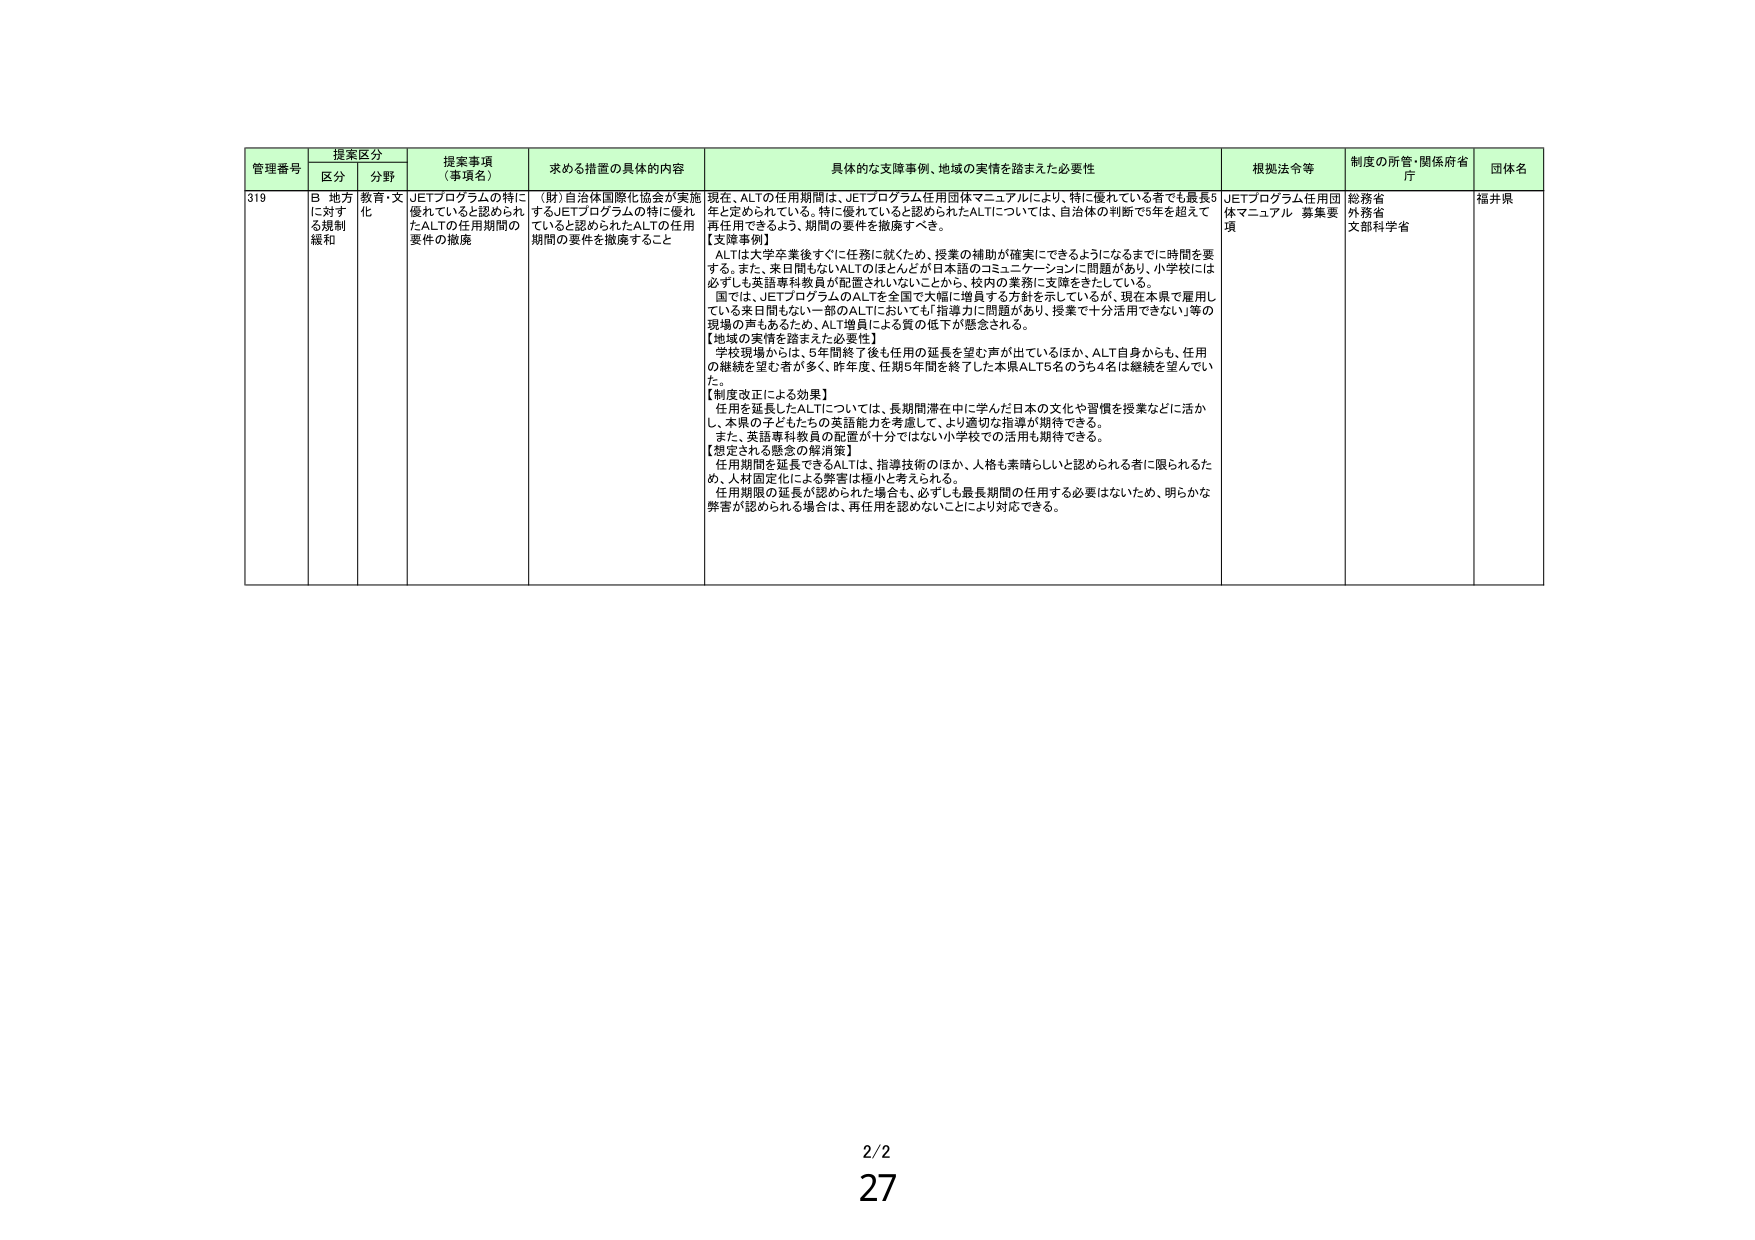
管理番号 提案区分 提案事項（事項名） 求める措置の具体的内容 具体的な支援事例、地域の実情を踏まえた必要性 根拠法令等 制度の所管・関係府省庁 団体名
区分 分野
319 B 地方に対する規制緩和 教育・文化 JETプログラムの特に優れていると認められたALTの任期期間の要件の撤廃 （財）自治体国際化協会が実施するJETプログラムの特に優れていると認められたALTの任期期間の要件を撤廃すること 現在、ALTの任期期間は、JETプログラム任用団体マニュアルにより、特に優れている者でも最長5年と定められている。特に優れていると認められたALTについては、自治体の判断で5年を超えて再任用できるよう、期間の要件を撤廃すべき。
【支援事例】
ALTは大学卒業後すぐに任務に就くため、授業の補助が確実にできるようになるまでに時間を要する。また、来日間もないALTのほとんどが日本語のコミュニケーションに問題があり、小学校には必ずしも英語専科教員が配置されないことから、校内の業務に支障をきたしている。
国では、JETプログラムのALTを全国で大幅に増員する方針を示しているが、現在本県で雇用している来日間もない一部のALTにおいても「指導力に問題があり、授業で十分活用できない」等の現場の声もあるため、ALT増員による質の低下が懸念される。
【地域の実情を踏まえた必要性】
学校現場からは、5年間終了後も任期の延長を望む声が出ているほか、ALT自身からも、任期の継続を望む者が多く、昨年度、任期5年間を終了した本県ALT5名のうち4名は継続を望んでいた。
【制度改正による効果】
任期を延長したALTについては、長期間滞在中に学んだ日本の文化や習慣を授業などに活かし、本県の子どもたちの英語能力を考慮して、より適切な指導が期待できる。
また、英語専科教員の配置が十分ではない小学校での活用も期待できる。
【想定される懸念の解消策】
任期期間を延長できるALTは、指導技術のほか、人格も素晴らしいと認められる者に限られるため、人材固定化による弊害は極小と考えられる。
任期期限の延長が認められた場合も、必ずしも最長期間の任用する必要はないため、明らかな弊害が認められる場合は、再任用を認めないことにより対応できる。 JETプログラム任用団体マニュアル 募集要項 総務省 外務省 文部科学省 福井県
2/2
27